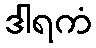
ဒါရကံ